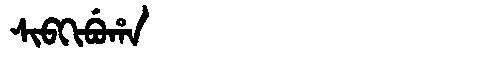
Manchu: ᠰᡳᠪᡴᡳᠪᡠᡥᠠ
Romanization: SIBKIBUHA